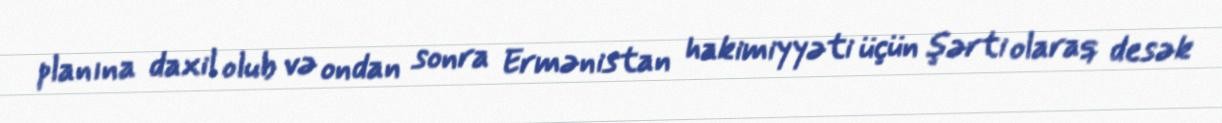
planına daxil olub və ondan sonra Ermənistan hakimiyyəti üçün şərti olaraq desək